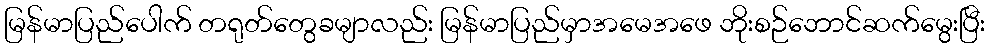
မြန်မာပြည်ပေါက် တရုတ်တွေခမျာလည်း မြန်မာပြည်မှာအမေအဖေ ဘိုးစဉ်ဘောင်ဆက်မွေးပြီး